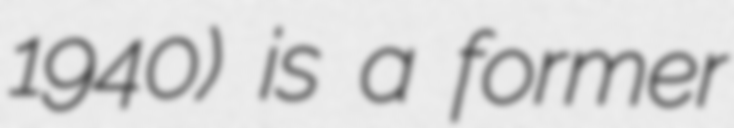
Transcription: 1940) is a former